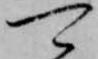
可